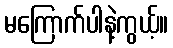
မကြောက်ပါနဲ့ကွယ့်။